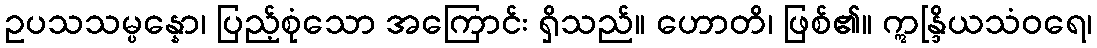
ဥပသသမ္ပန္နော၊ ပြည့်စုံသော အကြောင်း ရှိသည်။ ဟောတိ၊ ဖြစ်၏။ ဣန္ဒြိယသံဝရေ၊